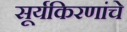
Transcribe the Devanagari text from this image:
सूर्यकिरणांचे